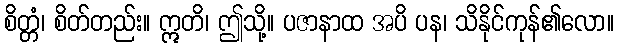
စိတ္တံ၊ စိတ်တည်း။ ဣတိ၊ ဤသို့။ ပဇာနာထ အပိ ပန၊ သိနိုင်ကုန်၏လော။